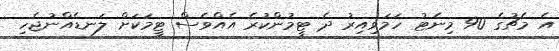
އެ މެޗުގެ 90 މިނެޓު ހަމަވިއިރު ދެ ޓީމުންކުރެ އެއްވެސް ޓީމަކަށް ލަނޑެއްނުޖެހި